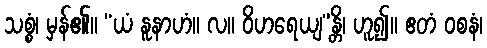
သစ္စံ၊ မှန်၏။ “ယံ နူနာဟံ။ လ။ ဝိဟရေယျ”န္တိ၊ ဟူ၍။ ဧတံ ဝစနံ၊